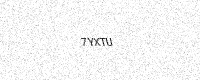
Text: 7YXTU